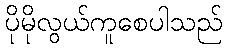
ပိုမိုလွယ်ကူစေပါသည်